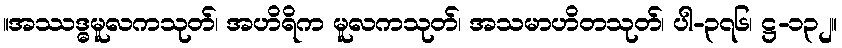
။အဿဒ္ဓမူလကသုတ်၊ အဟိရိက မူလကသုတ်၊ အသမာဟိတသုတ်၊ ပါ-၃၇၆၊ ဋ္ဌ-၁၃၂။